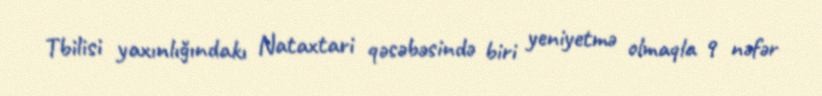
Tbilisi yaxınlığındakı Nataxtari qəsəbəsində biri yeniyetmə olmaqla 9 nəfər